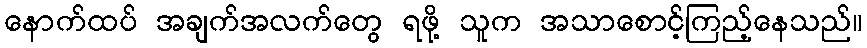
နောက်ထပ် အချက်အလက်တွေ ရဖို့ သူက အသာစောင့်ကြည့်နေသည်။